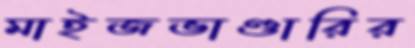
মাইজভাণ্ডারির